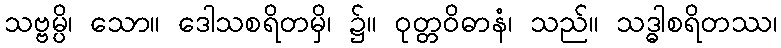
သဗ္ဗမ္ပိ၊ သော။ ဒေါသစရိတမှိ၊ ၌။ ဝုတ္တဝိဓာနံ၊ သည်။ သဒ္ဓါစရိတဿ၊